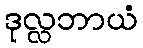
ဒုလ္လဘာယံ